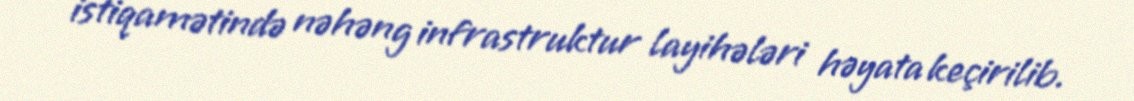
istiqamətində nəhəng infrastruktur layihələri həyata keçirilib.